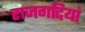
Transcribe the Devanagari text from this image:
राजगद्दियां